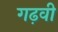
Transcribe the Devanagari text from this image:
गढ़वी